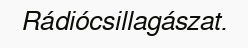
Rádiócsillagászat.